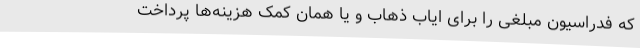
که فدراسیون مبلغی را برای ایاب ذهاب و یا همان کمک هزینه‌ها پرداخت